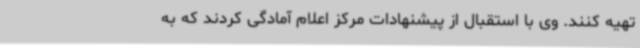
تهیه کنند. وی با استقبال از پیشنهادات مرکز اعلام آمادگی کردند که به